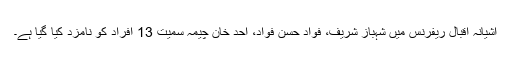
آشیانہ اقبال ریفرنس میں شہباز شریف، فواد حسن فواد، احد خان چیمہ سمیت 13 افراد کو نامزد کیا گیا ہے۔